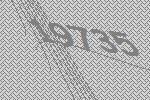
19735